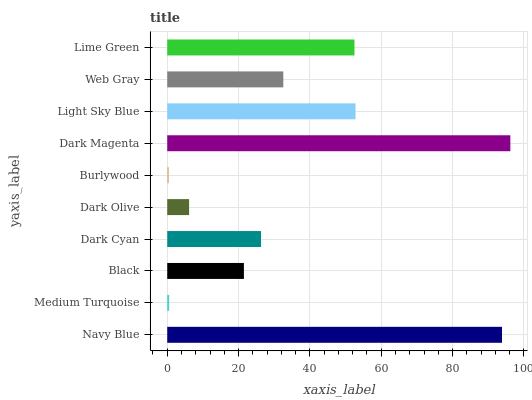
| yaxis_label | bars |
 | --- | --- |
 | Navy Blue | 93.9 |
 | Medium Turquoise | 0.539 |
 | Black | 21.5 |
 | Dark Cyan | 26.3 |
 | Dark Olive | 6.13 |
 | Burlywood | 0.462 |
 | Dark Magenta | 96.2 |
 | Light Sky Blue | 52.8 |
 | Web Gray | 32.5 |
 | Lime Green | 52.5 |